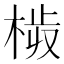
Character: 𣒉